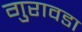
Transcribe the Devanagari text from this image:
गुरावडा